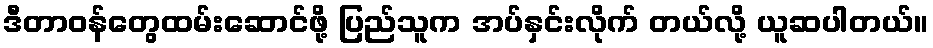
ဒီတာဝန်တွေထမ်းဆောင်ဖို့ ပြည်သူက အပ်နှင်းလိုက် တယ်လို့ ယူဆပါတယ်။